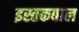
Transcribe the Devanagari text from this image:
इस्तकबाल